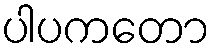
ပါပကတော